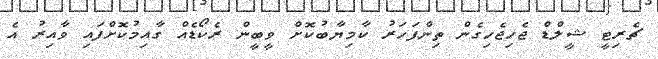
ޗެރިޓީ ޝީލްޑް ޖެހިޖެހިގެން ތިންފަހަރު ކާމިޔާބުކޮށް ވީބީން ރެކޯޑެއް ގާއިމުކޮށްފައި ވާއިރު އެ